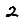
Digit: 2